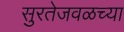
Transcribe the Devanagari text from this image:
सुरतेजवळच्या